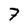
Character: 7